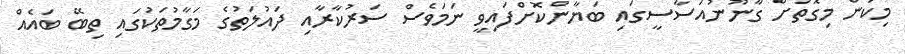
މިކަން މިގޮތަށް ގާނޫނުއަސާސީގައި ބަޔާންކޮށްފައިވީ ނަމަވެސް ސަރުކާރާއި ދައުލަތުގެ މަގާމުތަކުގައި ތިބޭ ބައެއް